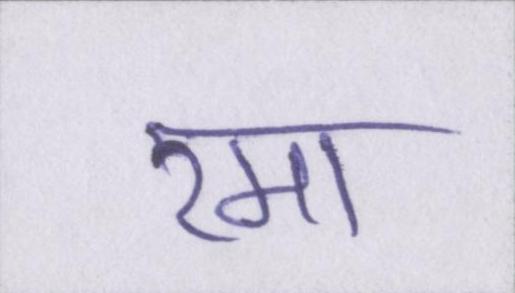
रमा